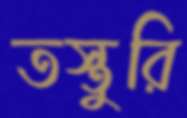
তস্তুরি